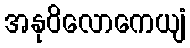
အနုဝိလောကေယျံ